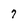
Character: 7